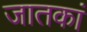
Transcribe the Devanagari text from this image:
जातकां